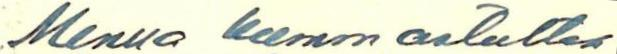
Minua kummastuttaa